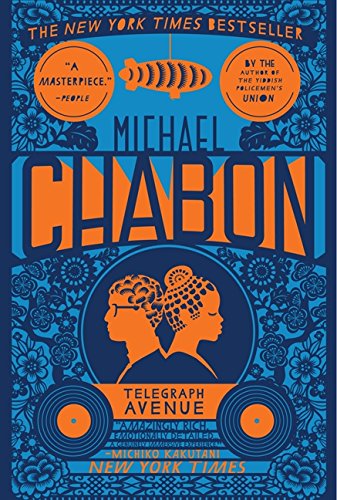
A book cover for Telegraph Avenue: A Novel; Michael Chabon; Literature & Fiction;